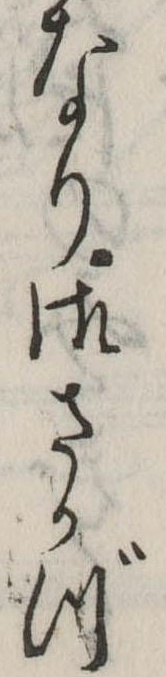
なり御さかづ